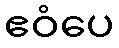
ဧဝံပေ